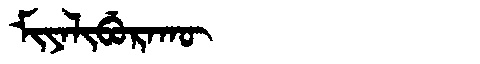
Manchu: ᠮᡳᠶᠠᠯᡳᠪᡠᡵᠠᡴᡡ
Romanization: MIYALIBURAKŪ